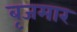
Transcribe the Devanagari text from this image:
बृजमार